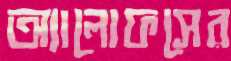
অ্যালোফসের